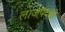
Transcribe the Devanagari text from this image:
लाजपठती